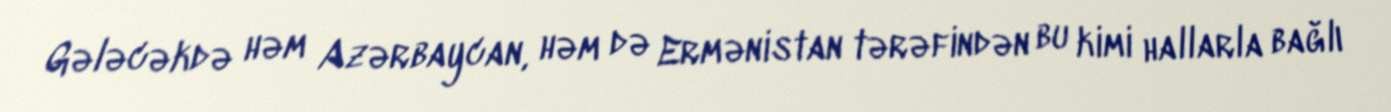
Gələcəkdə həm Azərbaycan, həm də Ermənistan tərəfindən bu kimi hallarla bağlı